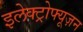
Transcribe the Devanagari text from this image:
इलेक्ट्रोफ्यूज़न